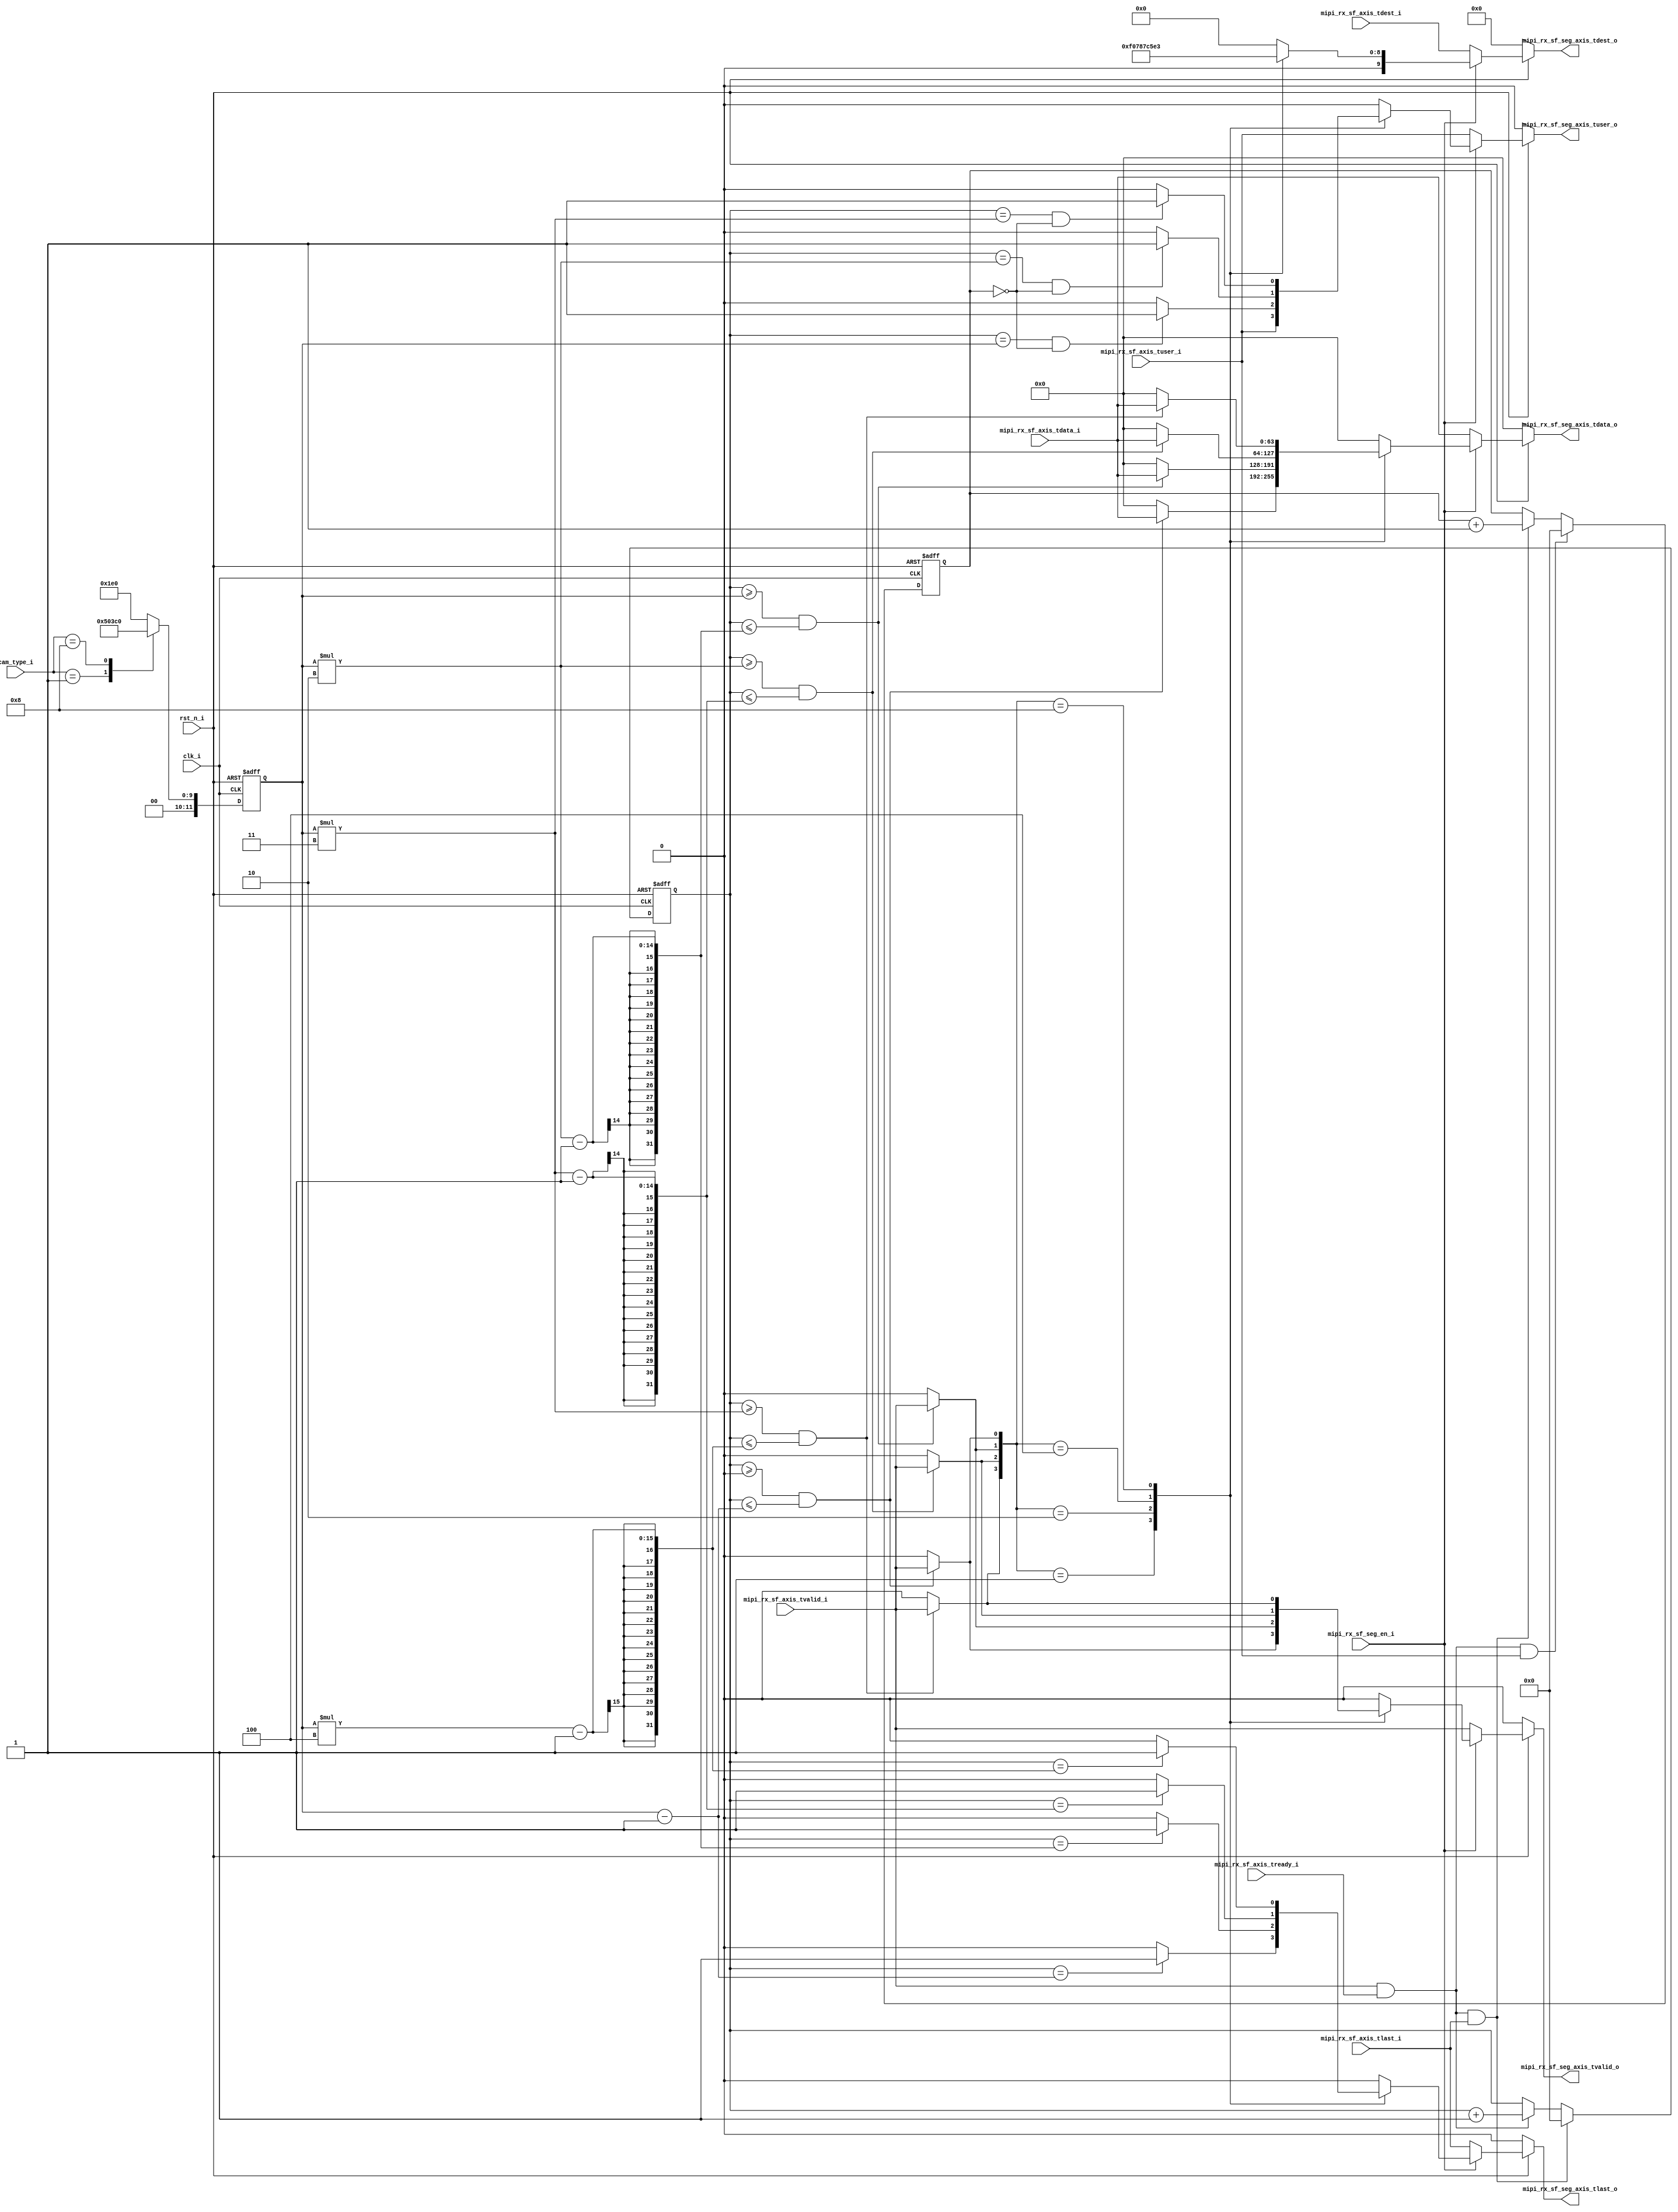
module mipi_sup_frm_seg
(
    input              clk_i,
	input              rst_n_i,
	
	input       [3:0]  cam_type_i,	
	input              mipi_rx_sf_seg_en_i,
	
	// mipi rx input    
	input       [63:0] mipi_rx_sf_axis_tdata_i,
    input       [9:0]  mipi_rx_sf_axis_tdest_i,
    input              mipi_rx_sf_axis_tlast_i, 
    input              mipi_rx_sf_axis_tuser_i,      
    input              mipi_rx_sf_axis_tvalid_i,
	input              mipi_rx_sf_axis_tready_i, 


    // mipi segregation
	output  reg [63:0] mipi_rx_sf_seg_axis_tdata_o,
    output  reg [9:0]  mipi_rx_sf_seg_axis_tdest_o,
    output  reg        mipi_rx_sf_seg_axis_tlast_o, 
    output  reg        mipi_rx_sf_seg_axis_tuser_o,      
    output  reg        mipi_rx_sf_seg_axis_tvalid_o
	
);

wire       mipi_rx_sf_axis_shake_ok;
wire       mipi_rx_sf_line_end;
wire       mipi_rx_sf_frame_start;
wire       mipi_rx_sf_pixel_valid;
reg [11:0] mipi_rx_sf_pixel_cnt;  
reg [11:0] mipi_rx_sf_line_cnt;
reg [3:0]  mipi_rx_sf_frame_cnt;

wire [3:0] video_sel;

reg  [11:0] VIDEO_ROW_NUM;
reg  [11:0] VIDEO_COL_NUM;

wire [63:0] mipi_rx_vc_0_axis_tdata;
wire [9:0]  mipi_rx_vc_0_axis_tdest;
wire        mipi_rx_vc_0_axis_tlast;
wire        mipi_rx_vc_0_axis_tuser;     
wire        mipi_rx_vc_0_axis_tvalid;
wire [63:0] mipi_rx_vc_1_axis_tdata;
wire [9:0]  mipi_rx_vc_1_axis_tdest;
wire        mipi_rx_vc_1_axis_tlast;  
wire        mipi_rx_vc_1_axis_tuser;      
wire        mipi_rx_vc_1_axis_tvalid;
wire [63:0] mipi_rx_vc_2_axis_tdata;
wire [9:0]  mipi_rx_vc_2_axis_tdest;
wire        mipi_rx_vc_2_axis_tlast;   
wire        mipi_rx_vc_2_axis_tuser;      
wire        mipi_rx_vc_2_axis_tvalid;
wire [63:0] mipi_rx_vc_3_axis_tdata;
wire [9:0]  mipi_rx_vc_3_axis_tdest;
wire        mipi_rx_vc_3_axis_tlast;   
wire        mipi_rx_vc_3_axis_tuser;      
wire        mipi_rx_vc_3_axis_tvalid;	

always @ (posedge clk_i or negedge rst_n_i) begin
    if(~rst_n_i) begin
		VIDEO_ROW_NUM <= 12'd0;
		VIDEO_COL_NUM <= 12'd0;
	end
	else begin
		case(cam_type_i)
			4'd1:begin VIDEO_ROW_NUM <= 12'd800;  VIDEO_COL_NUM <= 12'd320; end
			4'd2:begin VIDEO_ROW_NUM <= 12'd1080; VIDEO_COL_NUM <= 12'd480; end
			4'd8:begin VIDEO_ROW_NUM <= 12'd2162; VIDEO_COL_NUM <= 12'd960; end
			default:begin VIDEO_ROW_NUM <= 12'd1080; VIDEO_COL_NUM <= 12'd480; end
		endcase
	end
end

assign mipi_rx_sf_axis_shake_ok = mipi_rx_sf_axis_tvalid_i & mipi_rx_sf_axis_tready_i;
assign mipi_rx_sf_line_end      = mipi_rx_sf_axis_shake_ok & mipi_rx_sf_axis_tlast_i;
assign mipi_rx_sf_frame_start   = mipi_rx_sf_axis_shake_ok & mipi_rx_sf_axis_tuser_i;
assign mipi_rx_sf_pixel_valid   = mipi_rx_sf_axis_shake_ok;

always @ (posedge clk_i or negedge rst_n_i) begin
    if(~rst_n_i)           				mipi_rx_sf_pixel_cnt <= 12'd0; 
	else if(mipi_rx_sf_line_end)		mipi_rx_sf_pixel_cnt <= 12'd0; 
    else if(mipi_rx_sf_pixel_valid)		mipi_rx_sf_pixel_cnt <= mipi_rx_sf_pixel_cnt + 12'd1; 
	else								mipi_rx_sf_pixel_cnt <= mipi_rx_sf_pixel_cnt;
end

always @ (posedge clk_i or negedge rst_n_i) begin
    if(~rst_n_i)           				mipi_rx_sf_line_cnt <= 12'd0;
	else if(mipi_rx_sf_frame_start)		mipi_rx_sf_line_cnt <= 12'd0;
    else if(mipi_rx_sf_line_end)		mipi_rx_sf_line_cnt <= mipi_rx_sf_line_cnt + 12'd1;
	else								mipi_rx_sf_line_cnt <= mipi_rx_sf_line_cnt;
end

always @ (posedge clk_i or negedge rst_n_i) begin
    if(~rst_n_i)           				mipi_rx_sf_frame_cnt <= 4'd0;
	else if(mipi_rx_sf_frame_start)		mipi_rx_sf_frame_cnt <= mipi_rx_sf_frame_cnt + 4'd1;
	else								mipi_rx_sf_frame_cnt <= mipi_rx_sf_frame_cnt;
end

assign mipi_rx_vc_0_axis_tdata  = ((mipi_rx_sf_pixel_cnt >= 12'd0) && (mipi_rx_sf_pixel_cnt <= VIDEO_COL_NUM - 12'd1)) ? mipi_rx_sf_axis_tdata_i : 64'd0;
assign mipi_rx_vc_0_axis_tdest  = 10'h1e0;	
assign mipi_rx_vc_0_axis_tlast  = (mipi_rx_sf_pixel_cnt == VIDEO_COL_NUM - 12'd1) ? 1'b1 : 1'b0;
assign mipi_rx_vc_0_axis_tuser  = mipi_rx_sf_axis_tuser_i;
assign mipi_rx_vc_0_axis_tvalid = ((mipi_rx_sf_pixel_cnt >= 12'd0) && (mipi_rx_sf_pixel_cnt <= VIDEO_COL_NUM - 12'd1)) ? mipi_rx_sf_axis_tvalid_i : 64'd0;

assign mipi_rx_vc_1_axis_tdata  = ((mipi_rx_sf_pixel_cnt >= VIDEO_COL_NUM) && (mipi_rx_sf_pixel_cnt <= VIDEO_COL_NUM*2 - 12'd1)) ? mipi_rx_sf_axis_tdata_i : 64'd0;
assign mipi_rx_vc_1_axis_tdest  = 10'h1e1;
assign mipi_rx_vc_1_axis_tlast  = (mipi_rx_sf_pixel_cnt == VIDEO_COL_NUM*2 - 12'd1) ? 1'b1 : 1'b0;
assign mipi_rx_vc_1_axis_tuser  = ((mipi_rx_sf_pixel_cnt == VIDEO_COL_NUM) && (mipi_rx_sf_line_cnt == 12'd0)) ? 1'b1 : 1'b0;
assign mipi_rx_vc_1_axis_tvalid = ((mipi_rx_sf_pixel_cnt >= VIDEO_COL_NUM) && (mipi_rx_sf_pixel_cnt <= VIDEO_COL_NUM*2 - 12'd1)) ? mipi_rx_sf_axis_tvalid_i : 64'd0;

assign mipi_rx_vc_2_axis_tdata  = ((mipi_rx_sf_pixel_cnt >= VIDEO_COL_NUM*2) && (mipi_rx_sf_pixel_cnt <= VIDEO_COL_NUM*3 - 12'd1)) ? mipi_rx_sf_axis_tdata_i : 64'd0;
assign mipi_rx_vc_2_axis_tdest  = 10'h1e2;
assign mipi_rx_vc_2_axis_tlast  = (mipi_rx_sf_pixel_cnt == VIDEO_COL_NUM*3 - 12'd1) ? 1'b1 : 1'b0;
assign mipi_rx_vc_2_axis_tuser  = ((mipi_rx_sf_pixel_cnt == VIDEO_COL_NUM*2) && (mipi_rx_sf_line_cnt == 12'd0)) ? 1'b1 : 1'b0;
assign mipi_rx_vc_2_axis_tvalid = ((mipi_rx_sf_pixel_cnt >= VIDEO_COL_NUM*2) && (mipi_rx_sf_pixel_cnt <= VIDEO_COL_NUM*3 - 12'd1)) ? mipi_rx_sf_axis_tvalid_i : 64'd0;

assign mipi_rx_vc_3_axis_tdata  = ((mipi_rx_sf_pixel_cnt >= VIDEO_COL_NUM*3) && (mipi_rx_sf_pixel_cnt <= VIDEO_COL_NUM*4 - 12'd1)) ? mipi_rx_sf_axis_tdata_i : 64'd0;
assign mipi_rx_vc_3_axis_tdest  = 10'h1e3;
assign mipi_rx_vc_3_axis_tlast  = (mipi_rx_sf_pixel_cnt == VIDEO_COL_NUM*4 - 12'd1) ? 1'b1 : 1'b0;
assign mipi_rx_vc_3_axis_tuser  = ((mipi_rx_sf_pixel_cnt == VIDEO_COL_NUM*3) && (mipi_rx_sf_line_cnt == 12'd0)) ? 1'b1 : 1'b0;
assign mipi_rx_vc_3_axis_tvalid = ((mipi_rx_sf_pixel_cnt >= VIDEO_COL_NUM*3) && (mipi_rx_sf_pixel_cnt <= VIDEO_COL_NUM*4 - 12'd1)) ? mipi_rx_sf_axis_tvalid_i : 64'd0;

assign video_sel = {mipi_rx_vc_3_axis_tvalid, mipi_rx_vc_2_axis_tvalid, mipi_rx_vc_1_axis_tvalid, mipi_rx_vc_0_axis_tvalid};

always @ (*) begin
	if(~rst_n_i)begin
		mipi_rx_sf_seg_axis_tdata_o  <= 64'd0;
		mipi_rx_sf_seg_axis_tdest_o  <= 10'd0;
		mipi_rx_sf_seg_axis_tlast_o  <= 1'b0;
		mipi_rx_sf_seg_axis_tuser_o  <= 1'b0;
		mipi_rx_sf_seg_axis_tvalid_o <= 1'b0;
	end
	else if(mipi_rx_sf_seg_en_i == 1'b0)begin
		mipi_rx_sf_seg_axis_tdata_o  <=  mipi_rx_sf_axis_tdata_i;   
		mipi_rx_sf_seg_axis_tdest_o  <=  mipi_rx_sf_axis_tdest_i;
		mipi_rx_sf_seg_axis_tlast_o  <=  mipi_rx_sf_axis_tlast_i; 
		mipi_rx_sf_seg_axis_tuser_o  <=  mipi_rx_sf_axis_tuser_i; 	
		mipi_rx_sf_seg_axis_tvalid_o <=  mipi_rx_sf_axis_tvalid_i;	
	end
	else begin
		case(video_sel)
			4'b0001:begin
						mipi_rx_sf_seg_axis_tdata_o  <= mipi_rx_vc_0_axis_tdata;
						mipi_rx_sf_seg_axis_tdest_o  <= mipi_rx_vc_0_axis_tdest;
						mipi_rx_sf_seg_axis_tlast_o  <= mipi_rx_vc_0_axis_tlast;
						mipi_rx_sf_seg_axis_tuser_o  <= mipi_rx_vc_0_axis_tuser;
						mipi_rx_sf_seg_axis_tvalid_o <= mipi_rx_vc_0_axis_tvalid;					
					end
			4'b0010:begin
						mipi_rx_sf_seg_axis_tdata_o  <= mipi_rx_vc_1_axis_tdata;
						mipi_rx_sf_seg_axis_tdest_o  <= mipi_rx_vc_1_axis_tdest;
						mipi_rx_sf_seg_axis_tlast_o  <= mipi_rx_vc_1_axis_tlast;
						mipi_rx_sf_seg_axis_tuser_o  <= mipi_rx_vc_1_axis_tuser;
						mipi_rx_sf_seg_axis_tvalid_o <= mipi_rx_vc_1_axis_tvalid;					
					end
			4'b0100:begin
						mipi_rx_sf_seg_axis_tdata_o  <= mipi_rx_vc_2_axis_tdata;
						mipi_rx_sf_seg_axis_tdest_o  <= mipi_rx_vc_2_axis_tdest;
						mipi_rx_sf_seg_axis_tlast_o  <= mipi_rx_vc_2_axis_tlast;
						mipi_rx_sf_seg_axis_tuser_o  <= mipi_rx_vc_2_axis_tuser;
						mipi_rx_sf_seg_axis_tvalid_o <= mipi_rx_vc_2_axis_tvalid;					
					end
			4'b1000:begin
						mipi_rx_sf_seg_axis_tdata_o  <= mipi_rx_vc_3_axis_tdata;
						mipi_rx_sf_seg_axis_tdest_o  <= mipi_rx_vc_3_axis_tdest;
						mipi_rx_sf_seg_axis_tlast_o  <= mipi_rx_vc_3_axis_tlast;
						mipi_rx_sf_seg_axis_tuser_o  <= mipi_rx_vc_3_axis_tuser;
						mipi_rx_sf_seg_axis_tvalid_o <= mipi_rx_vc_3_axis_tvalid;					
					end
			default:begin
				mipi_rx_sf_seg_axis_tdata_o  <= 64'd0;
				mipi_rx_sf_seg_axis_tdest_o  <= 10'd0;
				mipi_rx_sf_seg_axis_tlast_o  <= 1'b0;
				mipi_rx_sf_seg_axis_tuser_o  <= 1'b0;
				mipi_rx_sf_seg_axis_tvalid_o <= 1'b0;			
			end
		endcase
	end
end

endmodule